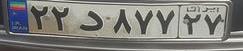
۲۲د۸۷۷۲۷